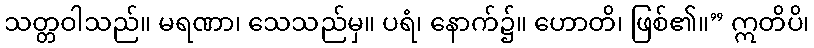
သတ္တဝါသည်။ မရဏာ၊ သေသည်မှ။ ပရံ၊ နောက်၌။ ဟောတိ၊ ဖြစ်၏။” ဣတိပိ၊